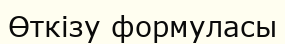
Өткізу формуласы